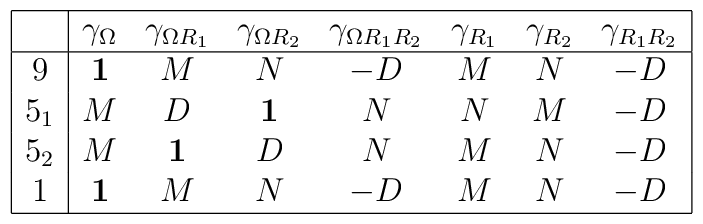
\begin{array}{| c | c c c c c c c |}\hline{}&\gamma_{\Omega}&\gamma_{\Omega R_1}& \gamma_{\Omega R_2}&\gamma_{\Omega R_1R_2}&\gamma_{R_1}&\gamma_{R_2}&\gamma_{R_1R_2}\\\hline9&\mbox{\bf 1}&M&N&-D&M&N&-D\\5_1&M&D&\mbox{\bf 1}&N&N&M&-D\\5_2&M&\mbox{\bf 1}&D&N&M&N&-D\\1&\mbox{\bf 1}&M&N&-D&M&N&-D\\\hline\end{array}